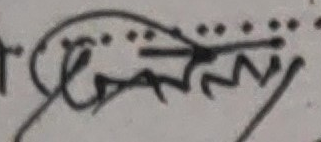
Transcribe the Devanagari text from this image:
ऐकान्त्र